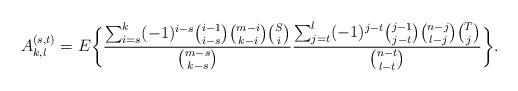
LaTeX: \begin{align*}A^{(s,t)}_{k,l} =E{\bigg\{} \frac { \sum^{k}_{i=s} (-1)^{i-s} {{i-1}\choose i-s} {{m-i}\choose k-i}{S\choose i} } {{{m-s}\choose k-s}} \frac{ \sum^{l}_{j=t} (-1)^{j-t} {{j-1}\choose j-t} {{n-j}\choose l-j}{T\choose j} } {{{n-t}\choose l-t}} {\bigg\}}.\end{align*}